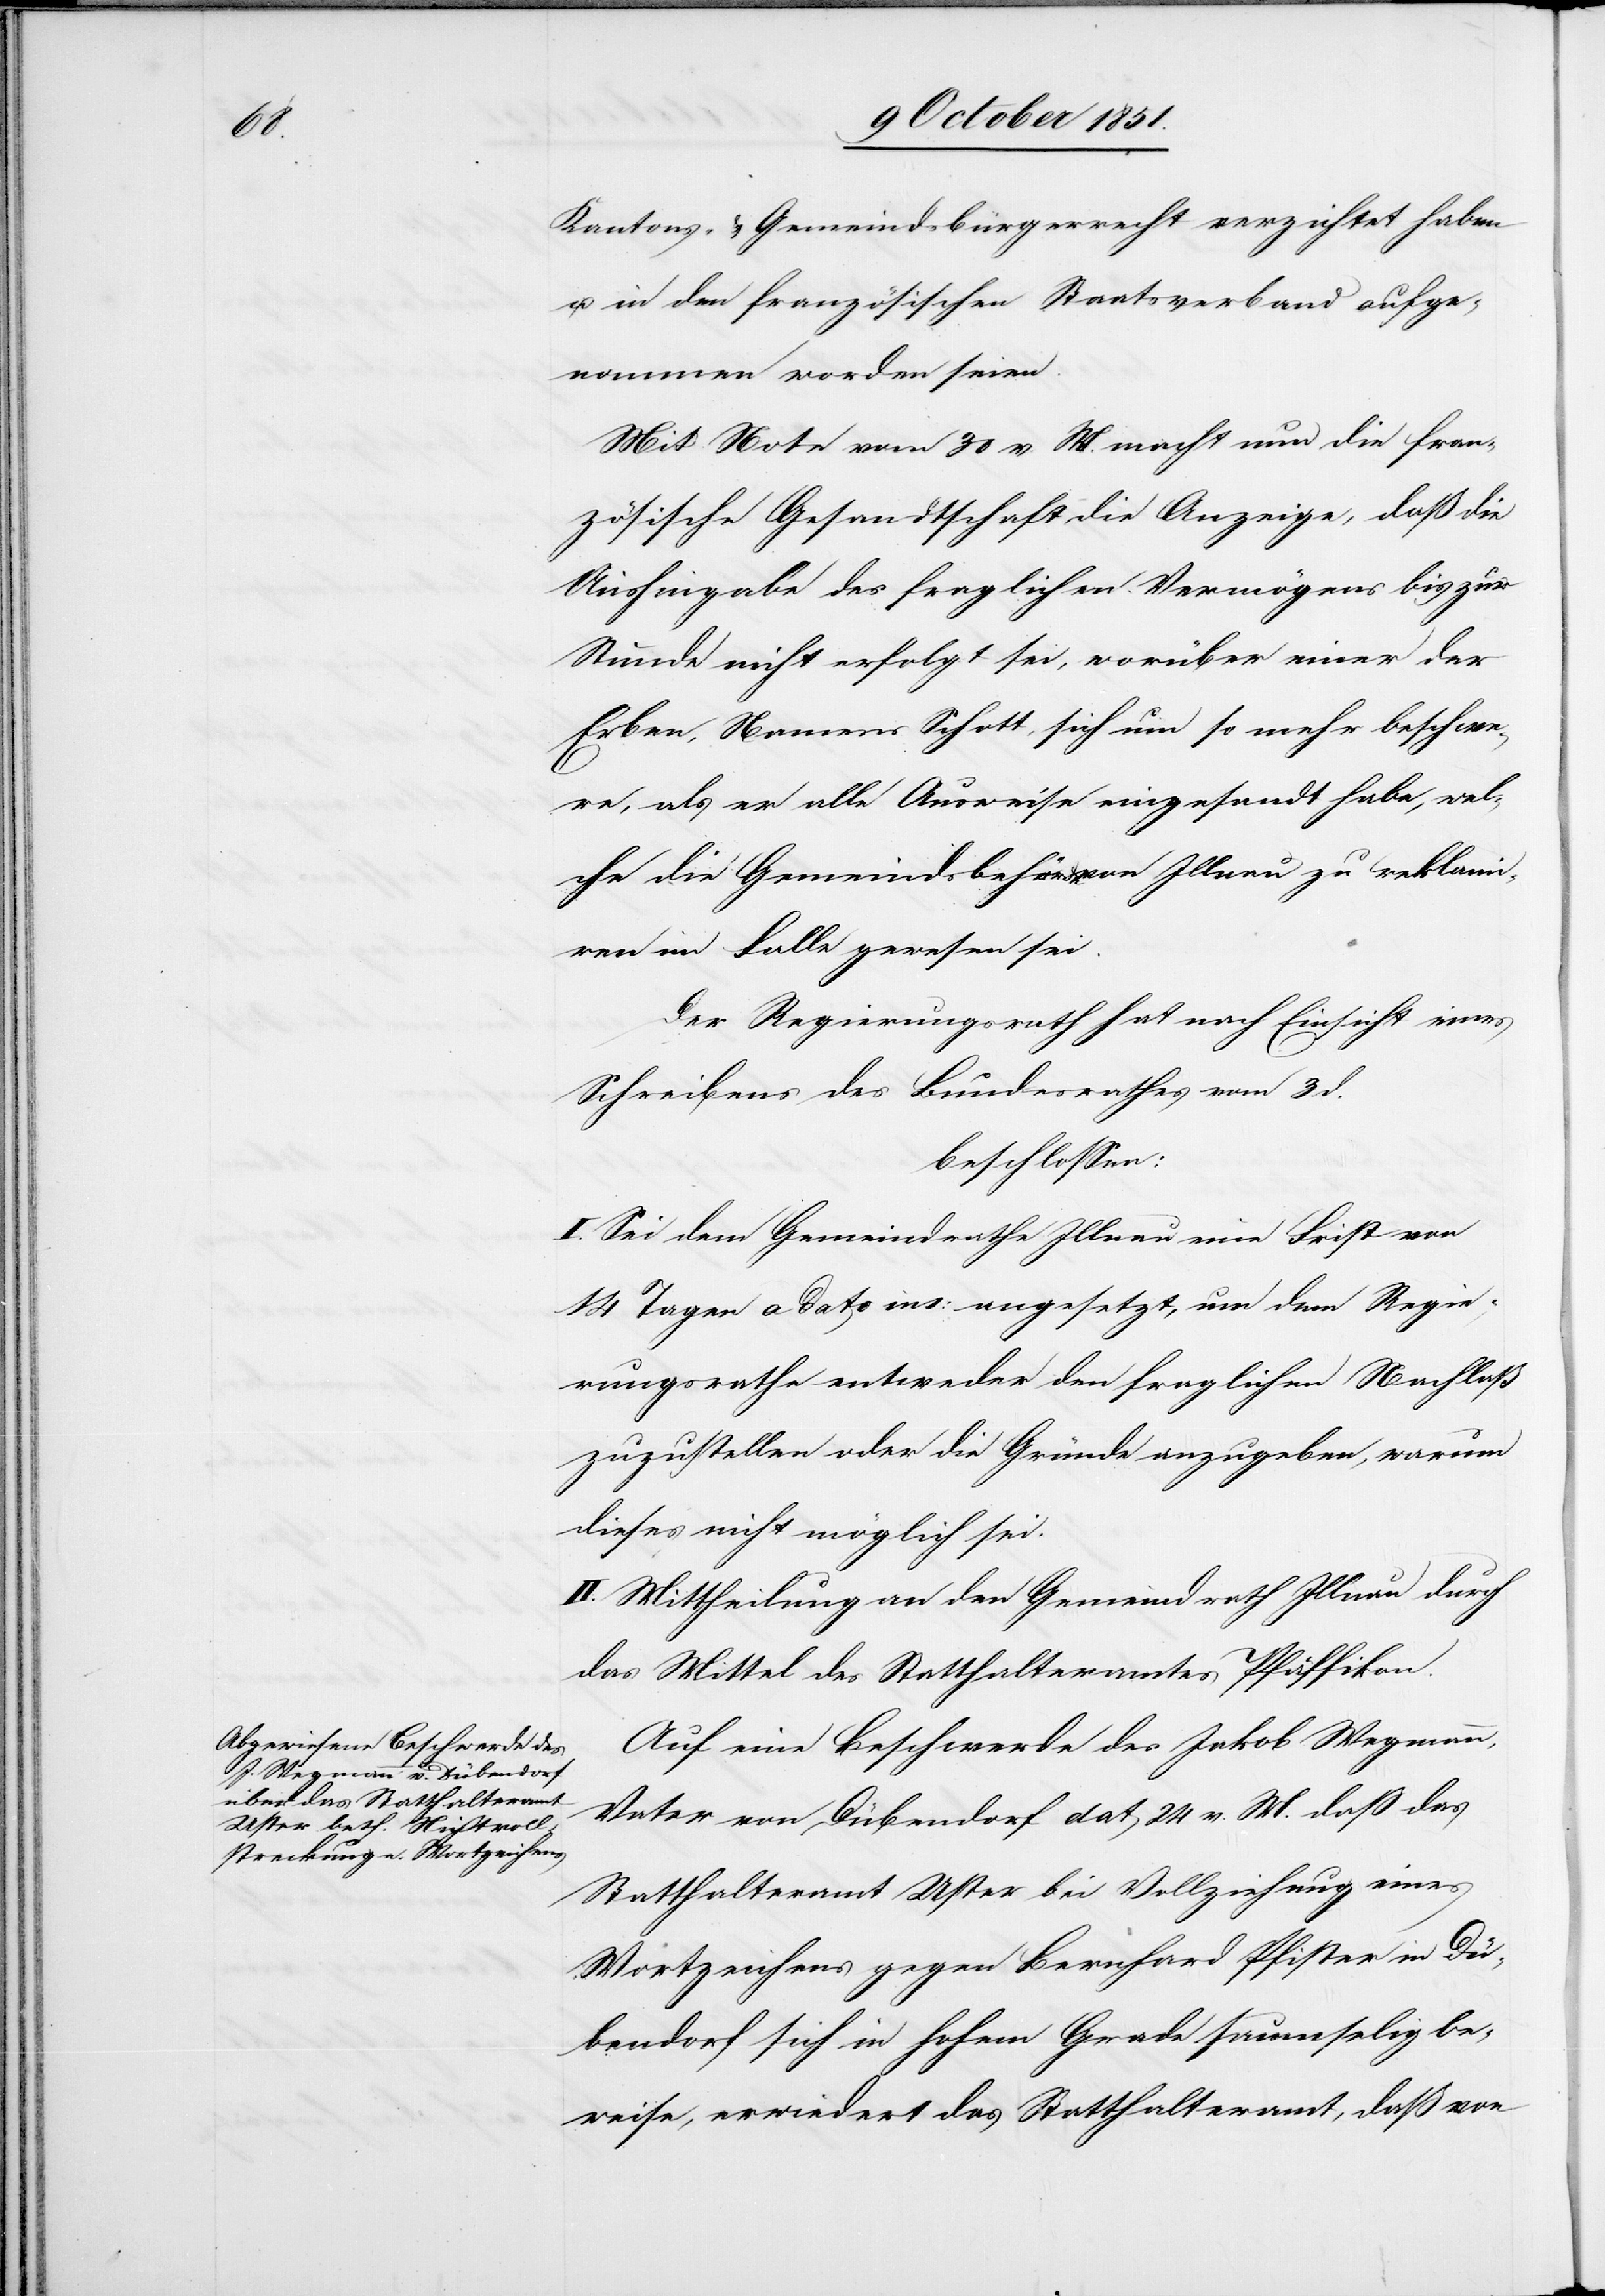
Kantons- & Gemeindsbürgerrecht verzichtet haben
u. in den französischen Staatsverband aufge¬
nommen worden seien.
Mit Note vom 30 v. M. macht nun die fran¬
zösische Gesandtschaft die Anzeige, daß die
Aushingabe des fraglichen Vermögens bis zur
Stunde nicht erfolgt sei, worüber einer der
Erben, Namens Schott, sich um so mehr beschwe¬
re, als er alle Ausweise eingesandt habe, wel¬
che die Gemeindsbehörde von Illnau zu reklami¬
ren im Falle gewesen sei.
Der Regierungsrath hat nach Einsicht eines
Schreibens des Bundesrathes vom 3 d.
beschlossen:
I. Sei dem Gemeindrathe Illnau eine Frist von
14 Tagen a dato ins: angesetzt, um dem Regie¬
rungsrathe entweder den fraglichen Nachlaß
zuzustellen oder die Gründe anzugeben, warum
dieses nicht möglich sei.
II. Mittheilung an den Gemeindrath Illnau durch
das Mittel des Statthalteramtes Pfäffikon.
Auf eine Beschwerde des Jakob Wegmann,
Vater von Dübendorf dat 24 v. M. daß das
Statthalteramt Uster bei Vollziehung eines
Wortzeichens gegen Bernhard Pfister in Dü¬
bendorf sich in hohem Grade saumselig be¬
weise, erwiedert das Statthalteramt, daß von